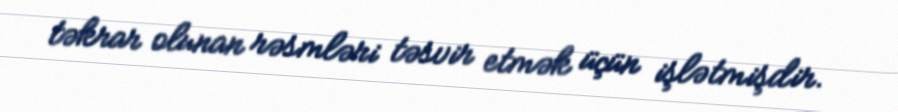
təkrar olunan rəsmləri təsvir etmək üçün işlətmişdir.